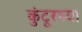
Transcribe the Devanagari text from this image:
कुंटूरच्या